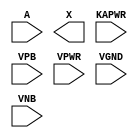
module sky130_fd_sc_lp__dlybuf4s50kapwr (
    //# {{data|Data Signals}}
    input  A    ,
    output X    ,

    //# {{power|Power}}
    input  KAPWR,
    input  VPB  ,
    input  VPWR ,
    input  VGND ,
    input  VNB
);
endmodule